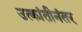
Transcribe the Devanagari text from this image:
उत्क्रांतीनंतर